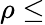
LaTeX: \rho\leq